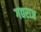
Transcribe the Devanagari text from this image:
गद्यराज